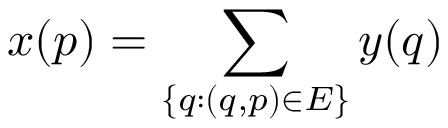
x ( p ) = \sum _ { \{ q : ( q , p ) \in E \} } y ( q )